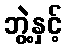
ဘွဲ့နှင့်